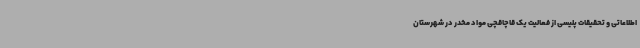
اطلاعاتی و تحقیقات پلیسی از فعالیت یک قاچاقچی مواد مخدر در شهرستان